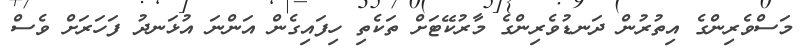
މަސްވެރިންގެ އިތުރުން ދަނޑުވެރިންގެ މާރުކޭޓަށް ތަކެތި ހިފައިގެން އަންނަ އުޅަނދު ފަހަރަށް ވެސް